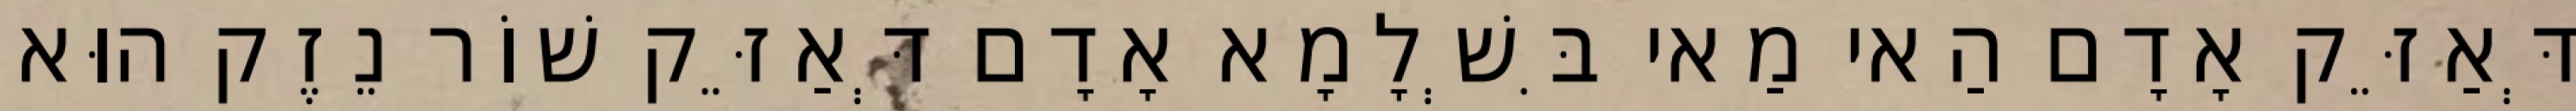
דְּאַזֵּק אָדָם הַאי מַאי בִּשְׁלָמָא אָדָם דְּאַזֵּק שׁוֹר נֵזֶק הוּא